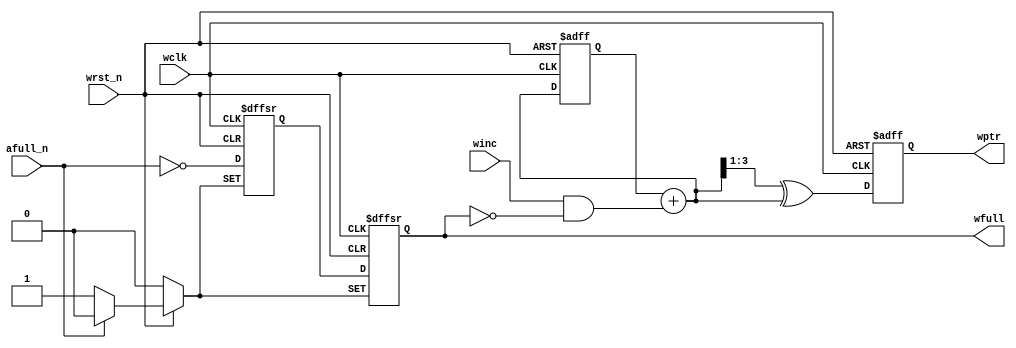
module wptr_full #(
    parameter ADDR_WD = 4
)(
    input                  wclk,
    input                  wrst_n,
    input                  winc,
    input                  afull_n,
    output                 wfull,
    output [ADDR_WD-1 : 0] wptr
);

reg  [ADDR_WD-1 : 0] wbin_r, wgray_r;
reg                  wq1_r,  wq2_r;
wire [ADDR_WD-1 : 0] wbnext, wgnext;

assign wbnext = wbin_r + (winc && !wfull);
assign wgnext = (wbnext >> 1) ^ wbnext;
assign wptr   =  wgray_r;

always @(posedge wclk or negedge wrst_n) begin
    if (!wrst_n) begin
        {wbin_r, wgray_r} <= 'b0;
    end
    else begin
        {wbin_r, wgray_r} <= {wbnext, wgnext};
    end
end

always @ (posedge wclk or negedge wrst_n or negedge afull_n) begin
    if (!wrst_n) begin
        {wq1_r, wq2_r} <= 'b0;
    end
    else if (!afull_n) begin
        {wq1_r, wq2_r} <= 2'b11;
    end
    else begin
        {wq1_r, wq2_r} <= {~afull_n, wq1_r};
    end
end

assign wfull = wq2_r;

endmodule